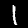
Label: 1